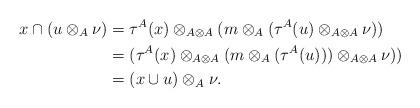
LaTeX: \begin{align*}x \cap (u \otimes_A \nu) &= \tau^A(x) \otimes_{A \otimes A} (m \otimes_{A} (\tau^A(u) \otimes_{A \otimes A} \nu))\\&= (\tau^A(x) \otimes_{A \otimes A} (m \otimes_{A} (\tau^A(u))) \otimes_{A \otimes A} \nu))\\&= (x \cup u) \otimes_A \nu. \end{align*}